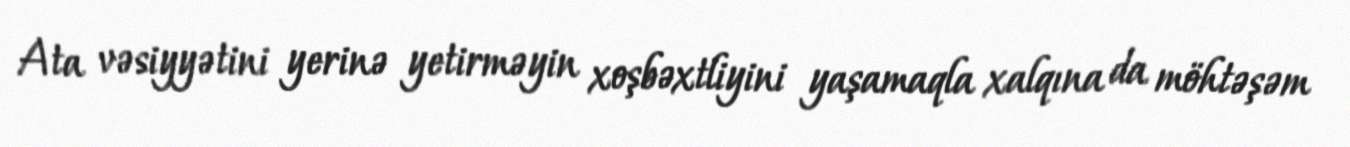
Ata vəsiyyətini yerinə yetirməyin xoşbəxtliyini yaşamaqla xalqına da möhtəşəm